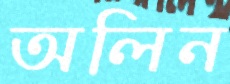
অলিন